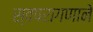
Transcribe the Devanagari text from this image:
स्वपरागणाने